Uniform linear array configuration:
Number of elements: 16
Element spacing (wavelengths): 0.25
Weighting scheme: binomial
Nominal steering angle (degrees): -45
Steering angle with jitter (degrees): -45.039
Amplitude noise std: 0.05
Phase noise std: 0.05

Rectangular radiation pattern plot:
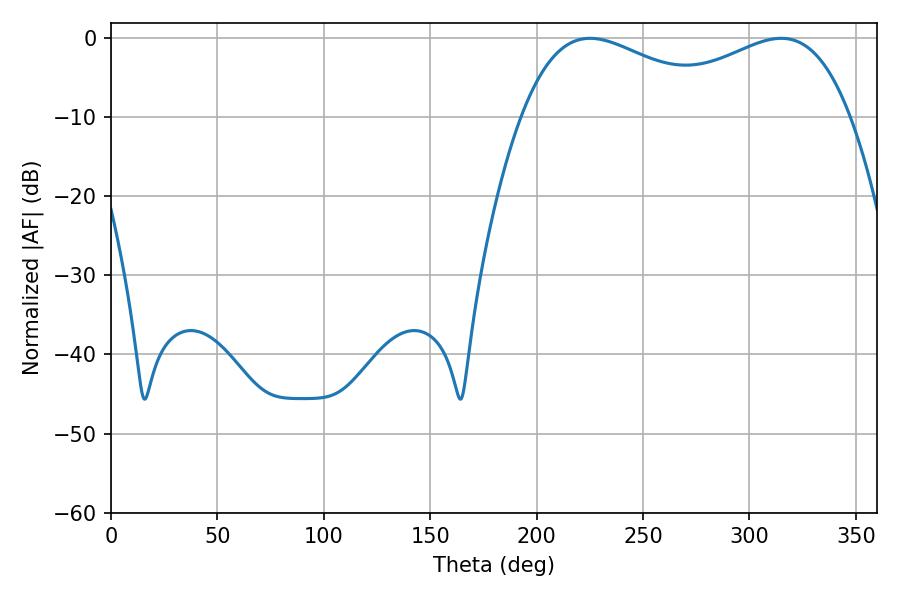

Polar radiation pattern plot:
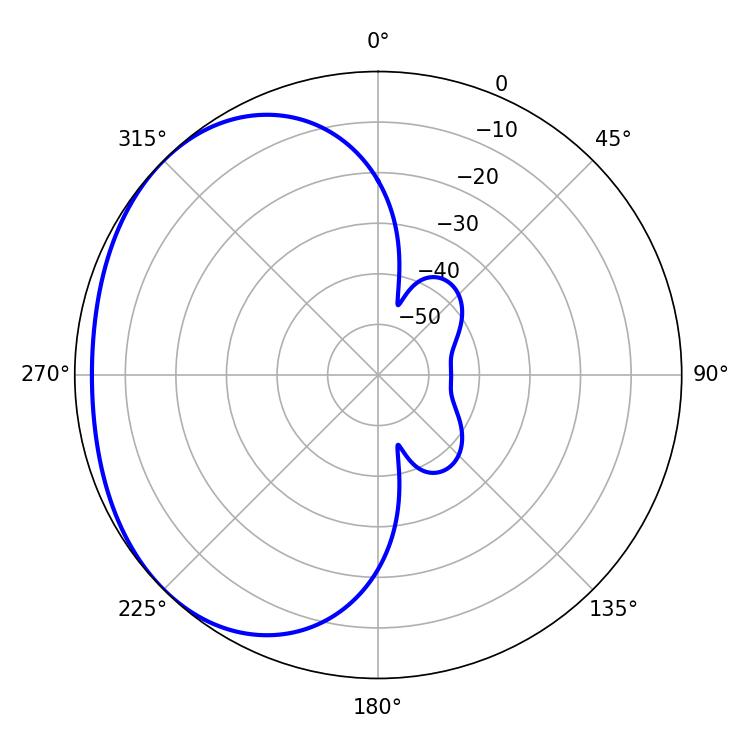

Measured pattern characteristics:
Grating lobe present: FALSE
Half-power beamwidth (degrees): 53.46
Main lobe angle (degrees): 225.18